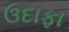
ઉદાફા